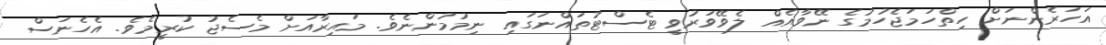
އަހަރެންނަށް ހިތްހަމަޖެހުމުގެ ނޭވާއެއް ލެވޭވަރުވީ ޓެސްޓުތައްނަގައި ނިމުމުންނެވެ. މައިރާއަށް މެސެޖު ކުރީމެވެ. އެހެނަސް